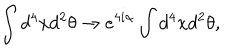
LaTeX: \int d ^ { 4 } x d ^ { 2 } \theta \to e ^ { 4 i \alpha } \int d ^ { 4 } x d ^ { 2 } \theta ,